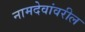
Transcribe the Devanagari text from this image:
नामदेवांवरील